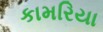
કામરિયા